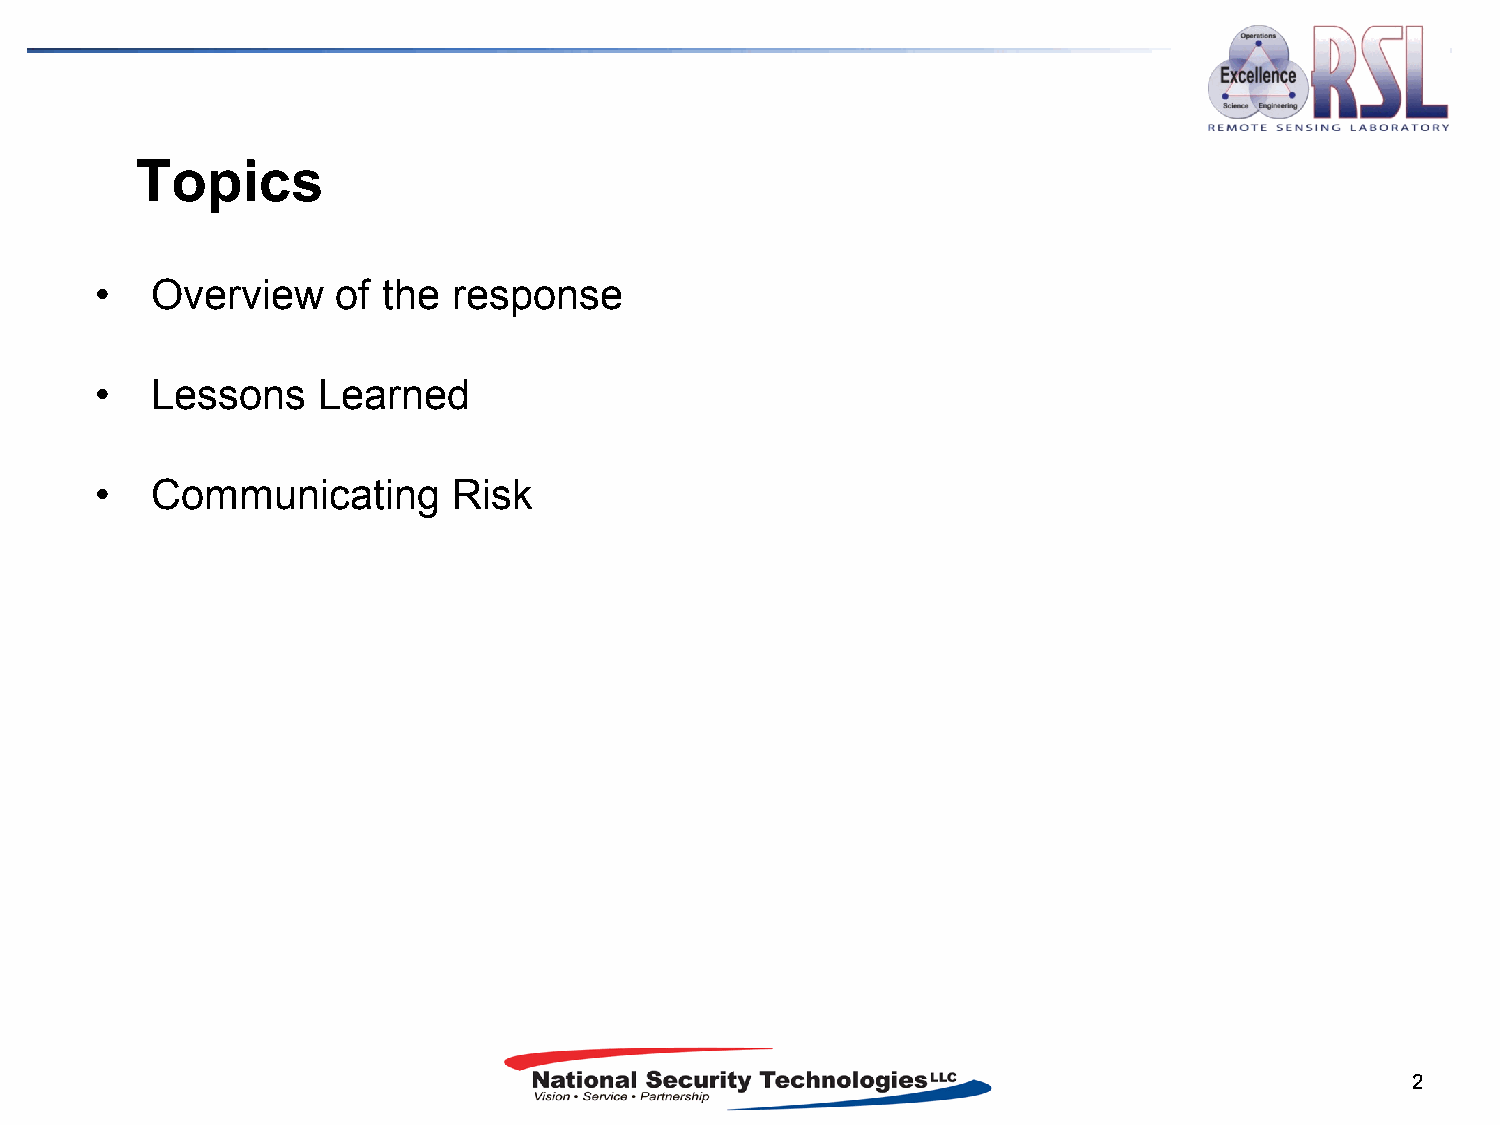
Topics
 •   Overview    of the  response
 •   Lessons    Learned
 •   Communicating       Risk
 2